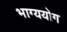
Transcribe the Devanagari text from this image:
भाग्ययोग